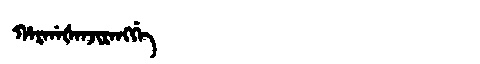
Manchu: ᡥᠠᡵᡤᠠᡧᠠᠨᠵᡳᡵᠠᠩᡤᡝ
Romanization: HARGAŠANJIRANGGE